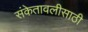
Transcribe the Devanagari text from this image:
संकेतावलीसाठी